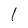
Character: I